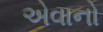
એવાનો